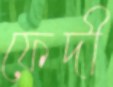
ফেদী